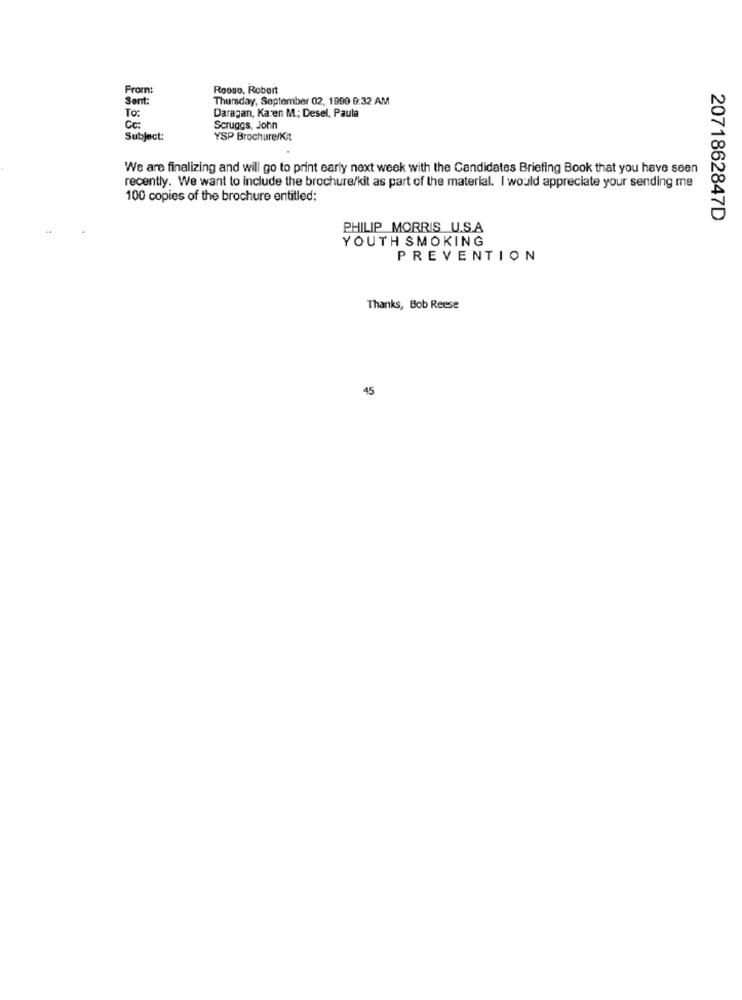
From:
Roose, Robert
Sent:
Thursday, September 02, 1999 9:32 AM
To:
Daragan, Karen M .; Desel, Paula
Cc:
Scruggs, John
Subject:
YSP Brochure/Kit
We are finalizing and will go to print early next week with the Candidates Briefing Book that you have seen
recently. We want to include the brochure/kit as part of the material. I would appreciate your sending me
100 copies of the brochure entitled:
2071862847D
PHILIP MORRIS U.S.A
YOUTH SMOKING
PREVENTION
Thanks, Bob Reese
45